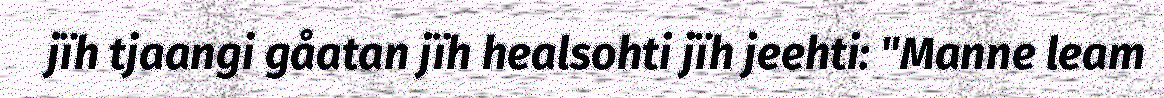
jïh tjaangi gåatan jïh healsohti jïh jeehti: "Manne leam